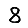
Digit: 8